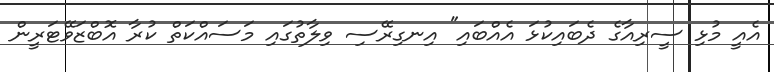
އެއީ މުޅި ސީރިއާގެ ދެބައިކުޅަ އެއްބައި" އިނގިރޭސި ވިލާތުގައި މަސައްކަތް ކުރާ އޮބްޒަވޭޓަރީން